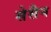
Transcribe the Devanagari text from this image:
सेसैन